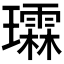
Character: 𪼬